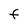
Character: F